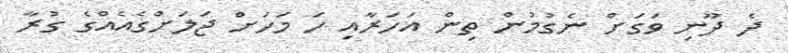
ދެ ދޫނި ވަގަށް ނެގުމުން ތިން އަހަރާއި ހަ މަހަށް ޖަލަށްގެއެއްގެ ގުރާ